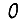
Digit: 0